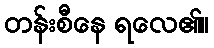
တန်းစီနေ ရလေ၏။